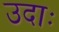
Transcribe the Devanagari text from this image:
उदाः